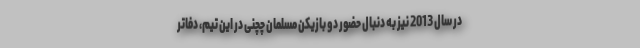
در سال 2013 نیز به دنبال حضور دو بازیکن مسلمان چچنی در این تیم، دفاتر